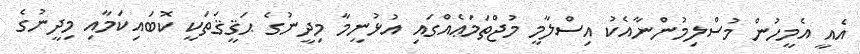
އެއީ އެމީހުން މުސްލިމުންނާއެކު އިސްލާމީ މުޖްތަމަޢެއްގައި އުޅުނީމާ މިދީނުގެ ޙަޤީޤަތަކީ ކޮބައިކަމާއި މިދީނުގެ